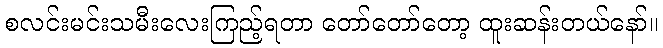
စလင်းမင်းသမီးလေးကြည့်ရတာ တော်တော်တော့ ထူးဆန်းတယ်နော်။